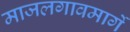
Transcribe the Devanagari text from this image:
माजलगावमार्गे